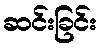
ဆင်းခြင်း